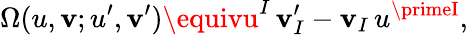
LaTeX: \Omega(u,\mathbf{v};u^{\prime},\mathbf{v}^{\prime})\equivu^{I}\, \mathbf{v}_{I}^{\prime}-\mathbf{v}_{I}\, u^{\primeI},